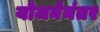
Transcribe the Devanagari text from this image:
योजनेनंतर